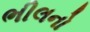
ભીલનો